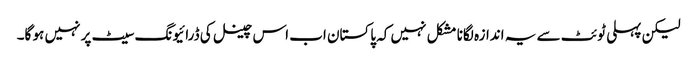
لیکن پہلی ٹوئٹ سے یہ اندازہ لگانا مشکل نہیں کہ پاکستان اب اس چینل کی ڈرائیونگ سیٹ پر نہیں ہو گا۔